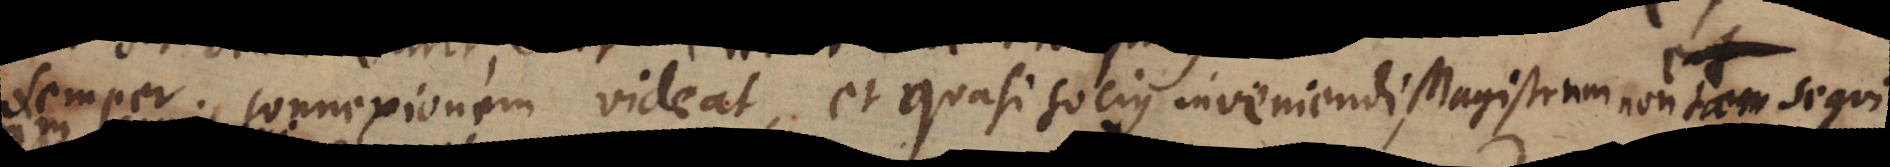
semper connexionem videat, et quasi socius inveniendi, Magistrum non tam sequi